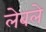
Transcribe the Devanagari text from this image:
लेबले